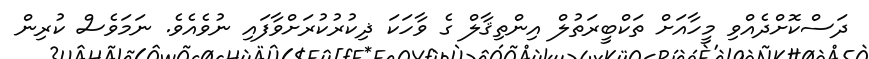
ދަސްކޮށްދެއްވި މީހާއަށް ތަކްބީރަތުލް އިންތިޤާލް ގެ ވާހަކަ ޛިކުރުކުރަށްވާފައި ނުވެއެވެ. ނަމަވެސް ކުރިން